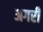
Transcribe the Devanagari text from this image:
अगरी